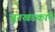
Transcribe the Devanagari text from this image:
चूनखडकाने